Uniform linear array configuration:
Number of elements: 64
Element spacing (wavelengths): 0.25
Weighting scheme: kaiser
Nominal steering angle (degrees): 0
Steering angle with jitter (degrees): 0.6358
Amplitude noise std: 0.05
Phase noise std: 0.05

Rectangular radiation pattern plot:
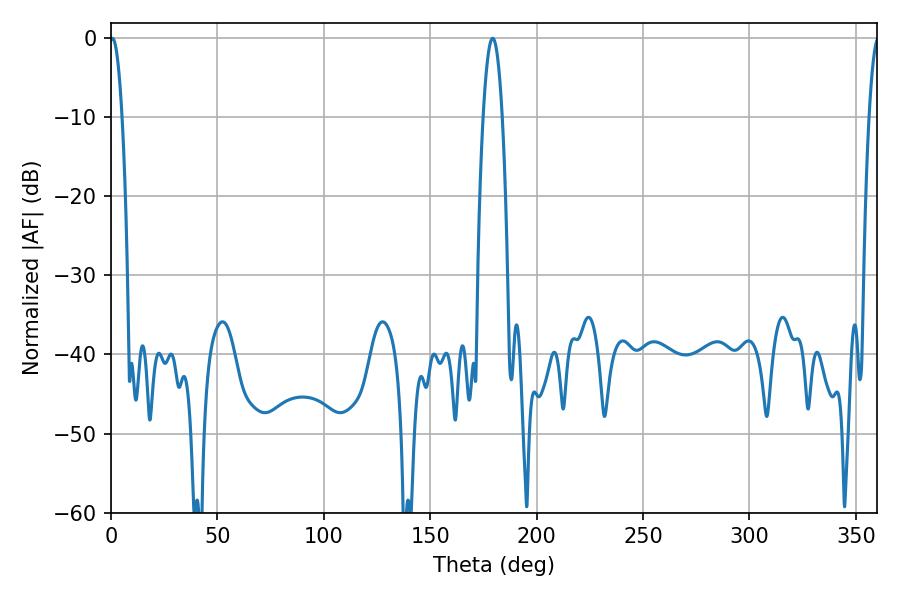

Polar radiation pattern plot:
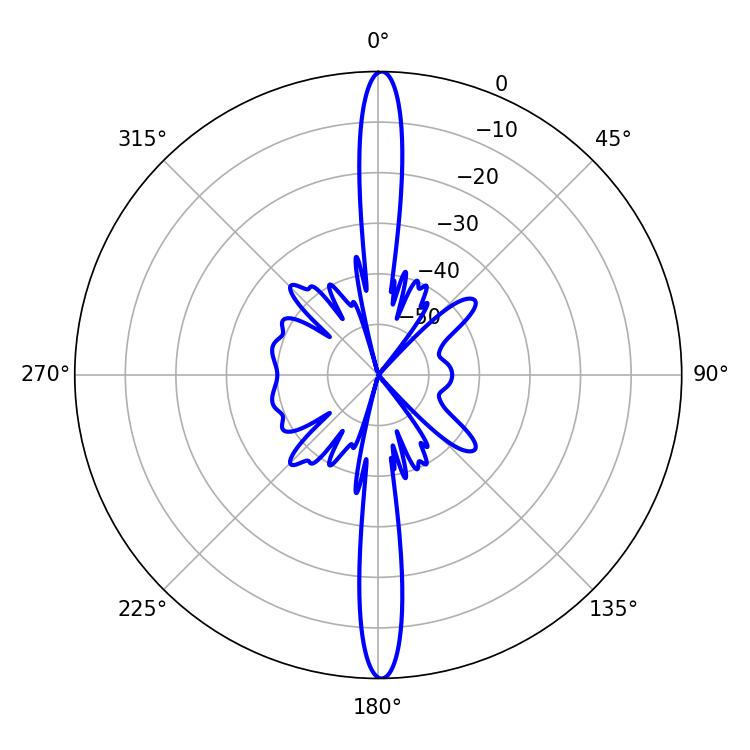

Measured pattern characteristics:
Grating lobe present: FALSE
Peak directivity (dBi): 29.867
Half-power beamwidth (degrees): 4.86
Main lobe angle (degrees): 179.28